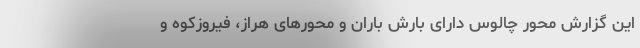
این گزارش محور چالوس دارای بارش باران و محورهای هراز، فیروزکوه و